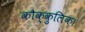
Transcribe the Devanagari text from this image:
कौक्कुलिक।